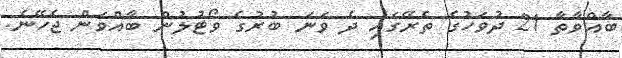
ބާއްވާތާ 21 ދުވަހުގެ ތެރޭގައި ދެ ވަނަ ބުރުގެ ވޯޓުލުން ބާއްވަން ޖެހޭނެ.